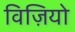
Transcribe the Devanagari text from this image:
विज़ियो